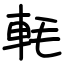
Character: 軞